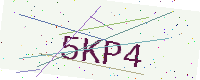
Text: 5KP4